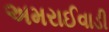
અમરાઈવાડી